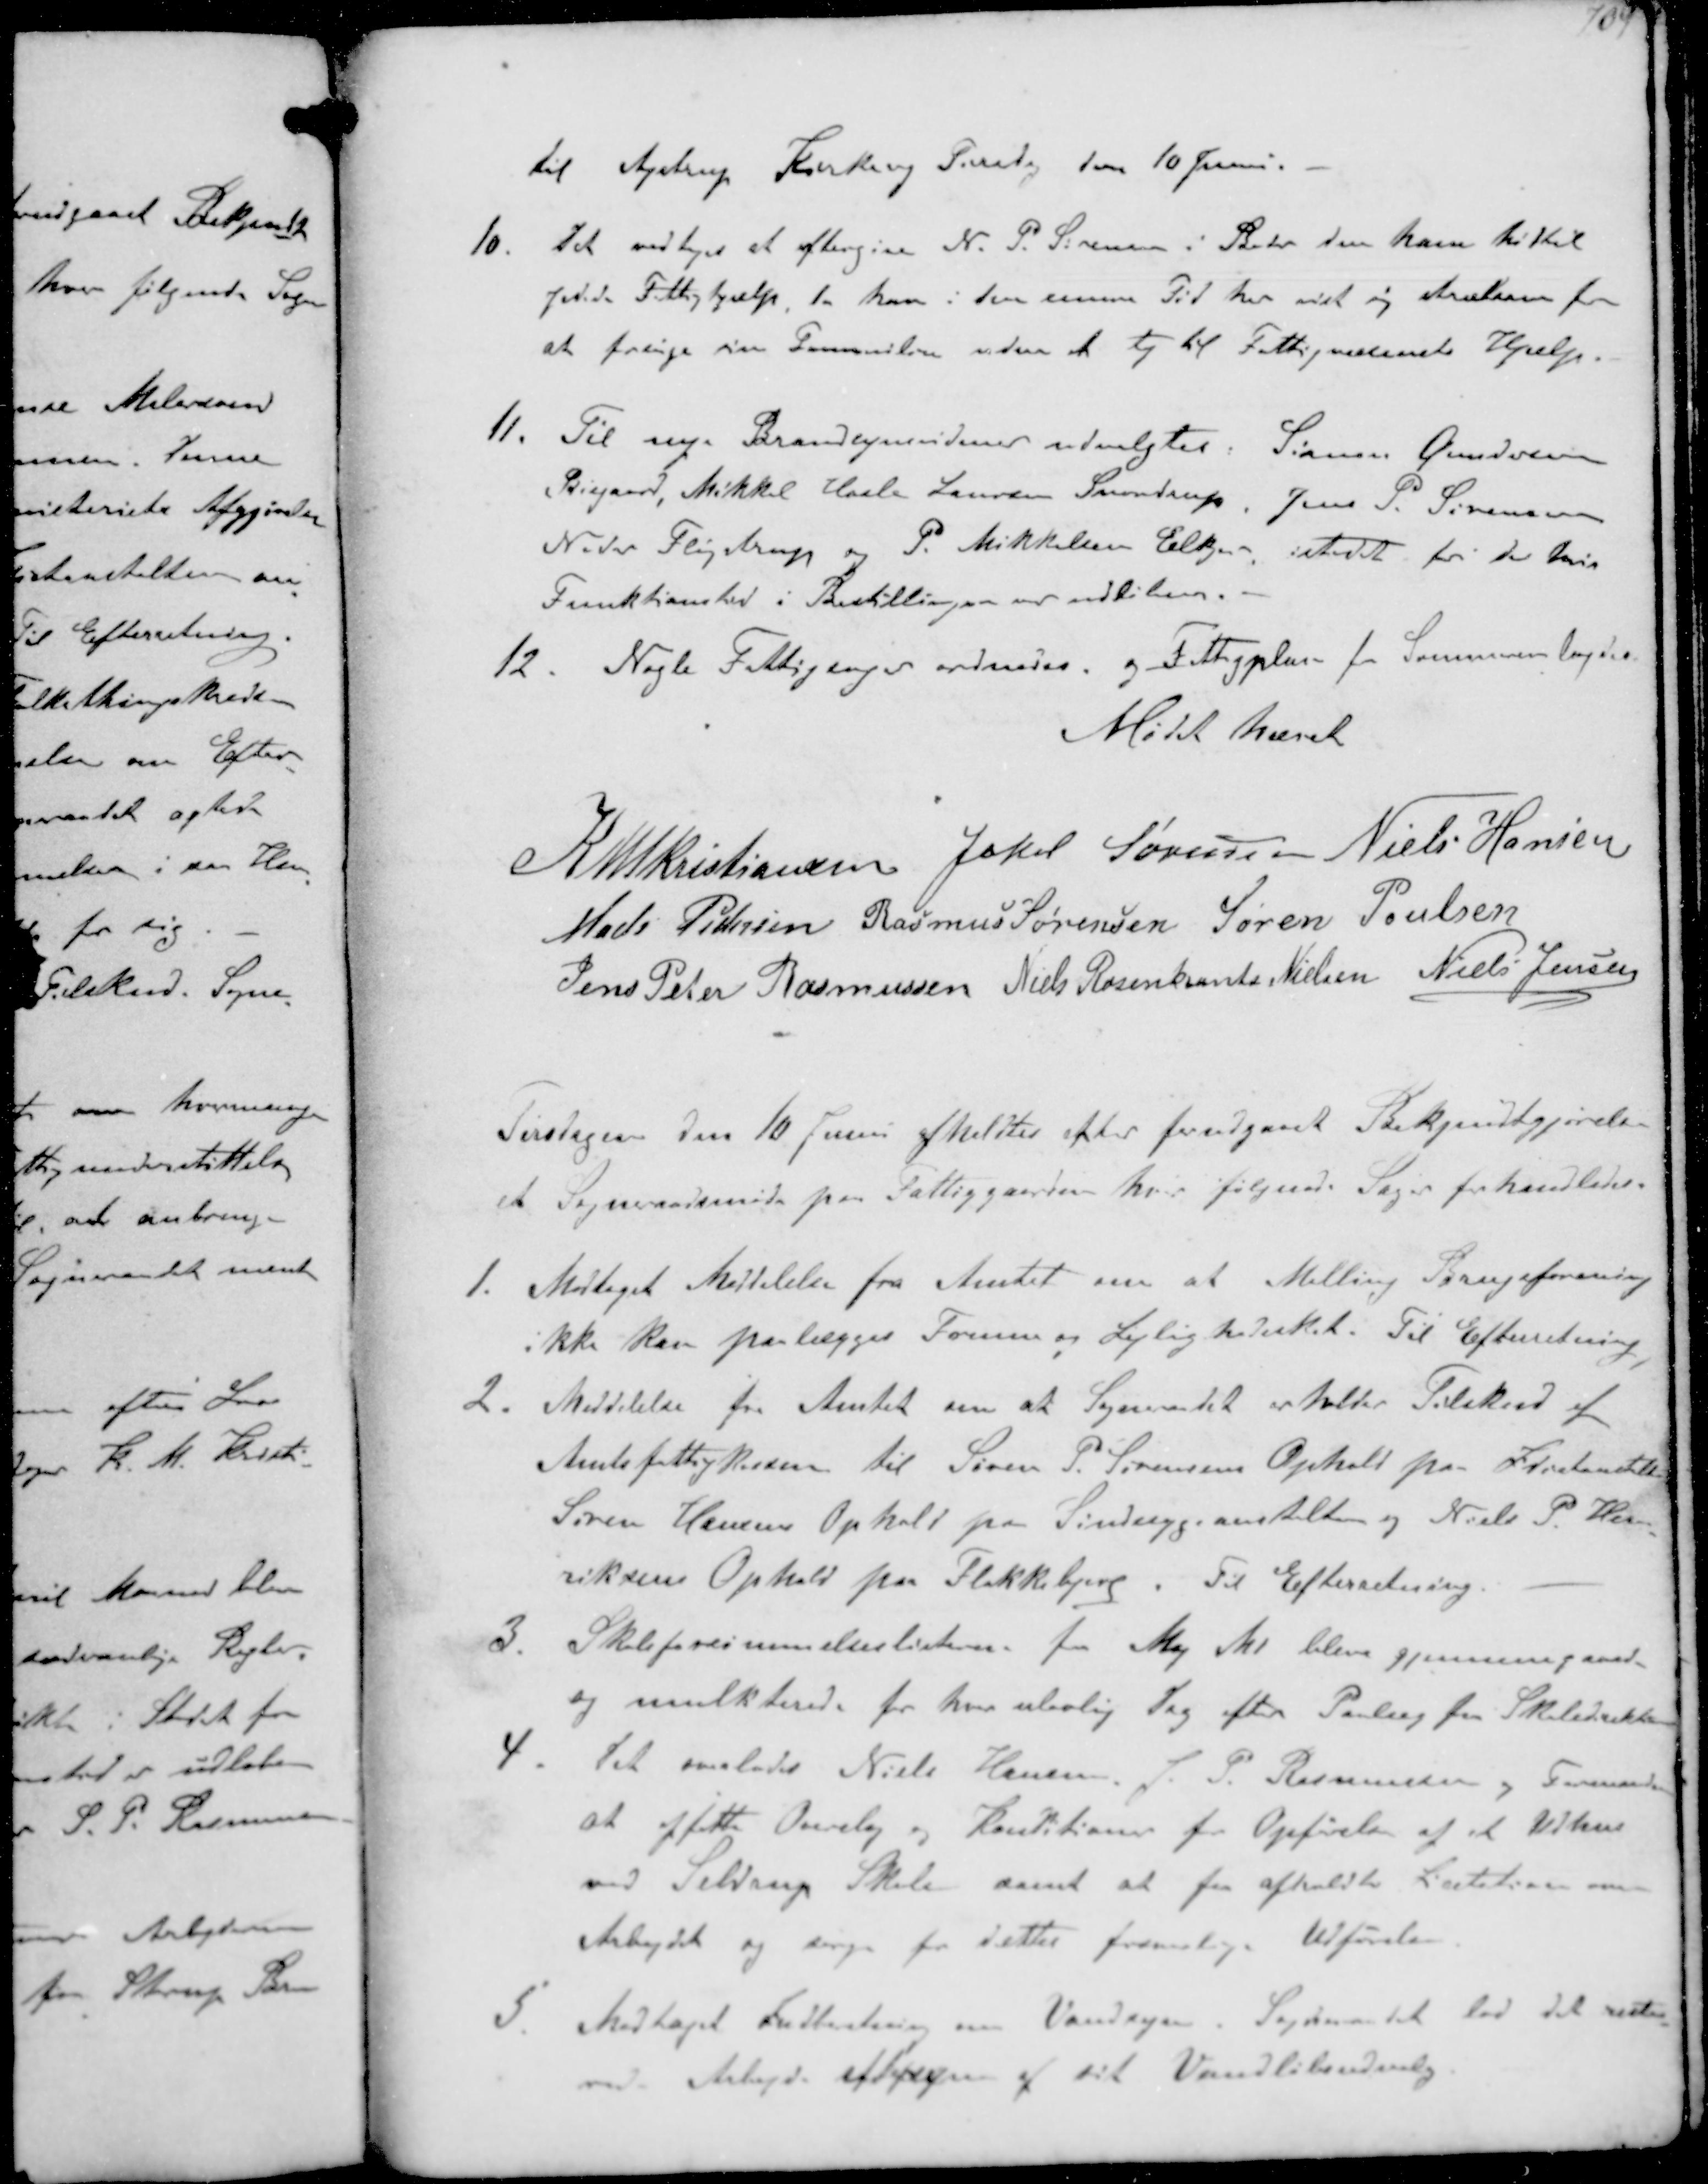
Transskription:
til Ajstrup Kirkevej Tirsdag den 10 Juni.
10. Det vedtoges at eftergive N. P. Sørensen i Beder den ham hidtil
ydede Fattighjælp da han i den samme Tid har visl sig stræbsom for
at forsørge sin Fammilie uden at ty til Fattigvæsenets Hjælp.
11. Til nye Brandsynsvidner udvalgtes: Søren Andersen
Bisgaard, Mikkel Hasle Laursen Snovdrup, Jens P. Sørensen
Neder Fløjstrup og P. Mikkelsen Elkjær istedet for de hvis
Funktionstid i Bestillingen var udløben.
12. Nogle Fattigsager ordnedes og Fattigplan for Sommeren lagdes
Mødet hævet

K N M Kristiansen Jakob Sørensen Niels Hansen
Mads Pedersen Rasmus Sørensen Søren Poulsen
Jens Peter Rasmussen Niels Rosenkrands Nielsen Niels Jensen

Tirsdagen den 10 Juni afholdtes efter forudgaaet Bekjentgjørelse
et Sogneraadsmøde paa Fattiggaarden hvor følgerde Sager forhandledes
1. Modtaget Meddelelse fra Amtet om at Malling Brugsforening
ikke kan paalægges Formue og Lejlighedsskat. Til Efterretning
2. Meddelelse fra Amtet om at Sogneraadet erholder Tilskud af
Amtsfattigkassen til Søren P. Sørensens Ophold paa Idiotanstalten
Søren Hansens Ophold paa Sindsygeanstalten og Niels P. Hen-
riksens Ophold pa Flakkebjerg. Til Efterretning.
3. Skoleforsømmelseslisterne for Maj Md blev gjennemgaaede
og mulkterede for hver ulovlig Dag efter Paalæg fra Skoledirektion
4. Det overlodes Niels Hansen. J. P. Rasmussen og Formanden
at affatte Overslag og Konditioner for Opførelse af et Udhus
ved Seldrup Skole samt at for afholdte Licitation over
Arbejdet og sørge for dettes fremtidige. Udførelse
5. Modtaget Indberetning om Vandsyn. Sogneraadet lod det reste-
rende Arbejde eftersyne af sit Vandløbsudvalg